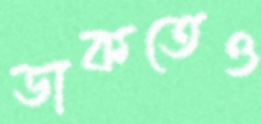
ডাকতেও